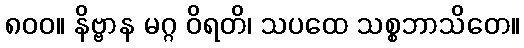
၈၀၀။ နိဗ္ဗာန မဂ္ဂ ဝိရတိ၊ သပထေ သစ္စဘာသိတေ။